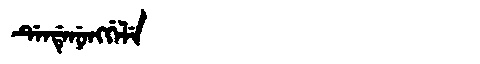
Manchu: ᡩᡝᠨᡩᡝᠨᡠᠩᡤᡝᠯᡝ
Romanization: DENDENUNGGELE